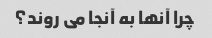
چرا آنها به آنجا می روند؟